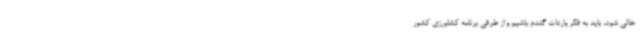
خالی شود، باید به فکر واردات گندم باشیم و از طرفی برنامه کشاورزی کشور